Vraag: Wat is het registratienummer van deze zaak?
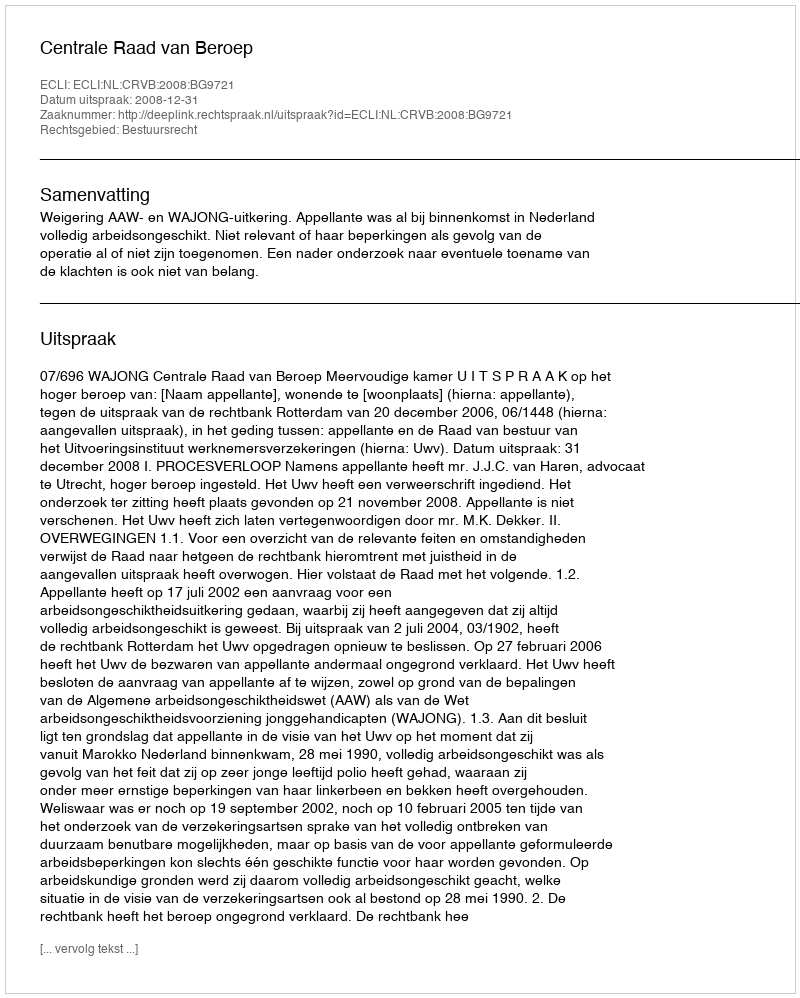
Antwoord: http://deeplink.rechtspraak.nl/uitspraak?id=ECLI:NL:CRVB:2008:BG9721